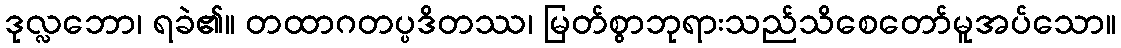
ဒုလ္လဘော၊ ရခဲ၏။ တထာဂတပ္ပဒိတဿ၊ မြတ်စွာဘုရားသည်သိစေတော်မူအပ်သော။